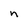
Character: n